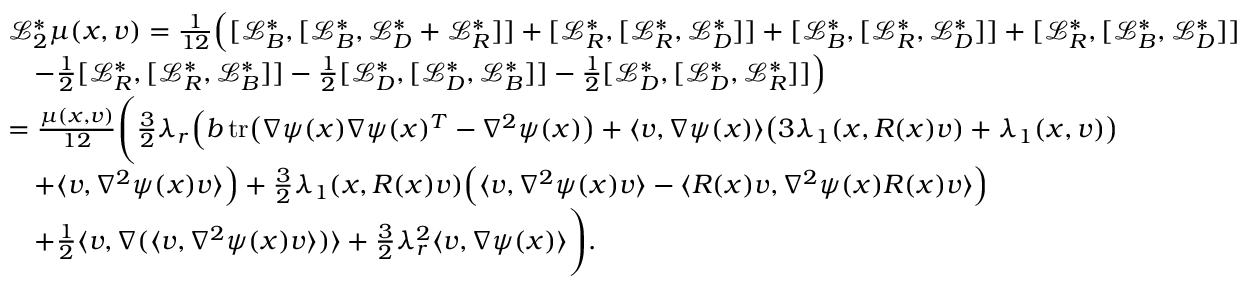
\begin{array} { r l } & { \mathcal { L } _ { 2 } ^ { * } \mu ( x , v ) = \frac { 1 } { 1 2 } \Big ( [ \mathcal { L } _ { B } ^ { * } , [ \mathcal { L } _ { B } ^ { * } , \mathcal { L } _ { D } ^ { * } + \mathcal { L } _ { R } ^ { * } ] ] + [ \mathcal { L } _ { R } ^ { * } , [ \mathcal { L } _ { R } ^ { * } , \mathcal { L } _ { D } ^ { * } ] ] + [ \mathcal { L } _ { B } ^ { * } , [ \mathcal { L } _ { R } ^ { * } , \mathcal { L } _ { D } ^ { * } ] ] + [ \mathcal { L } _ { R } ^ { * } , [ \mathcal { L } _ { B } ^ { * } , \mathcal { L } _ { D } ^ { * } ] ] } \\ & { \quad - \frac { 1 } { 2 } [ \mathcal { L } _ { R } ^ { * } , [ \mathcal { L } _ { R } ^ { * } , \mathcal { L } _ { B } ^ { * } ] ] - \frac { 1 } { 2 } [ \mathcal { L } _ { D } ^ { * } , [ \mathcal { L } _ { D } ^ { * } , \mathcal { L } _ { B } ^ { * } ] ] - \frac { 1 } { 2 } [ \mathcal { L } _ { D } ^ { * } , [ \mathcal { L } _ { D } ^ { * } , \mathcal { L } _ { R } ^ { * } ] ] \Big ) } \\ & { = \frac { \mu ( x , v ) } { 1 2 } \Bigg ( \frac { 3 } { 2 } \lambda _ { r } \Big ( b \, \mathrm { t r } \big ( \nabla \psi ( x ) \nabla \psi ( x ) ^ { T } - \nabla ^ { 2 } \psi ( x ) \big ) + \langle v , \nabla \psi ( x ) \rangle \big ( 3 \lambda _ { 1 } ( x , R ( x ) v ) + \lambda _ { 1 } ( x , v ) \big ) } \\ & { \quad + \langle v , \nabla ^ { 2 } \psi ( x ) v \rangle \Big ) + \frac { 3 } { 2 } \lambda _ { 1 } ( x , R ( x ) v ) \Big ( \langle v , \nabla ^ { 2 } \psi ( x ) v \rangle - \langle R ( x ) v , \nabla ^ { 2 } \psi ( x ) R ( x ) v \rangle \Big ) } \\ & { \quad + \frac { 1 } { 2 } \langle v , \nabla ( \langle v , \nabla ^ { 2 } \psi ( x ) v \rangle ) \rangle + \frac { 3 } { 2 } \lambda _ { r } ^ { 2 } \langle v , \nabla \psi ( x ) \rangle \Bigg ) . } \end{array}